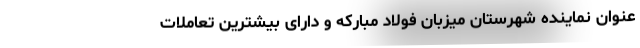
عنوان نماینده شهرستان میزبان فولاد مبارکه و دارای بیشترین تعاملات